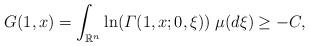
LaTeX: \begin{align*}G(1,x)=\int_{\mathbb{R}^{n}}\ln(\varGamma(1,x;0,\xi))\;\mu(d\xi)\geq-C,\end{align*}